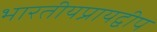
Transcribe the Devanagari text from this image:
भारतीयप्रायद्वीप